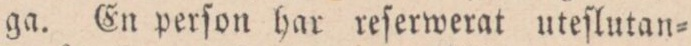
ga. En perſon har reſerwerat uteſlutan=